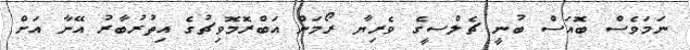
ނަމަވެސް ބޮއަސް ބުނީ ޗެލްސީގެ ވެރިޔާ ރޯމަން އަބްރޮމޮވިޗުގެ އިތުރުބާރު އޭނާ އަށް